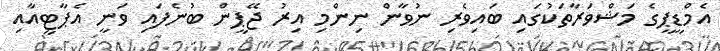
އެމްޑީޕީގެ މަޝްވަރާތަކުގައި ބައިވެރި ނުވާން ނިންމި އިރު ޖޭޕީން ބުނެފައި ވަނީ އެޕާޓީއާއި